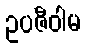
ဥပဇီဝါမ